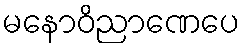
မနောဝိညာဏေပေ